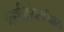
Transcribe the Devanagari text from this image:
शस्त्रक्रियेमधील